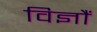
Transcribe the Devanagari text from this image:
विज्ञौं